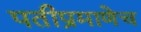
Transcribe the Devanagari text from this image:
पतीप्रमाणेच